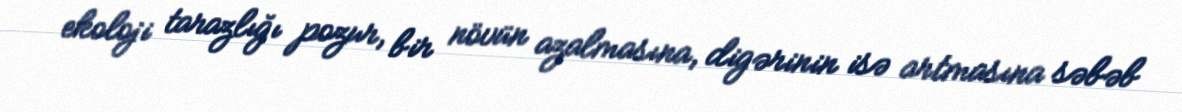
ekoloji tarazlığı pozur, bir növün azalmasına, digərinin isə artmasına səbəb